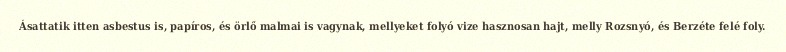
Ásattatik itten asbestus is, papíros, és örlő malmai is vagynak, mellyeket folyó vize hasznosan hajt, melly Rozsnyó, és Berzéte felé foly.